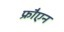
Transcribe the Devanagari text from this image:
फ्रौएन